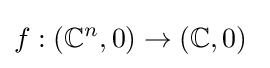
f:(\mathbb {C} ^{n},0)\to (\mathbb {C} ,0)\